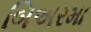
બિઅરમા